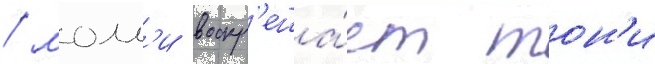
/ молл'и воскр'еша́ет тон'и